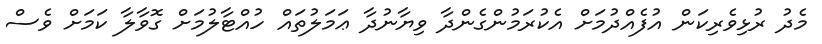
މެދު ރުޅިވެރިކަން އުފެއްދުމަށް އެކުރަމުންގެންދާ ވިޔާނުދާ ޢަމަލުތައް ހުއްޓާލުމަށް ގޮވާލާ ކަމަށް ވެސް